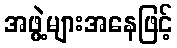
အဖွဲ့များအနေဖြင့်